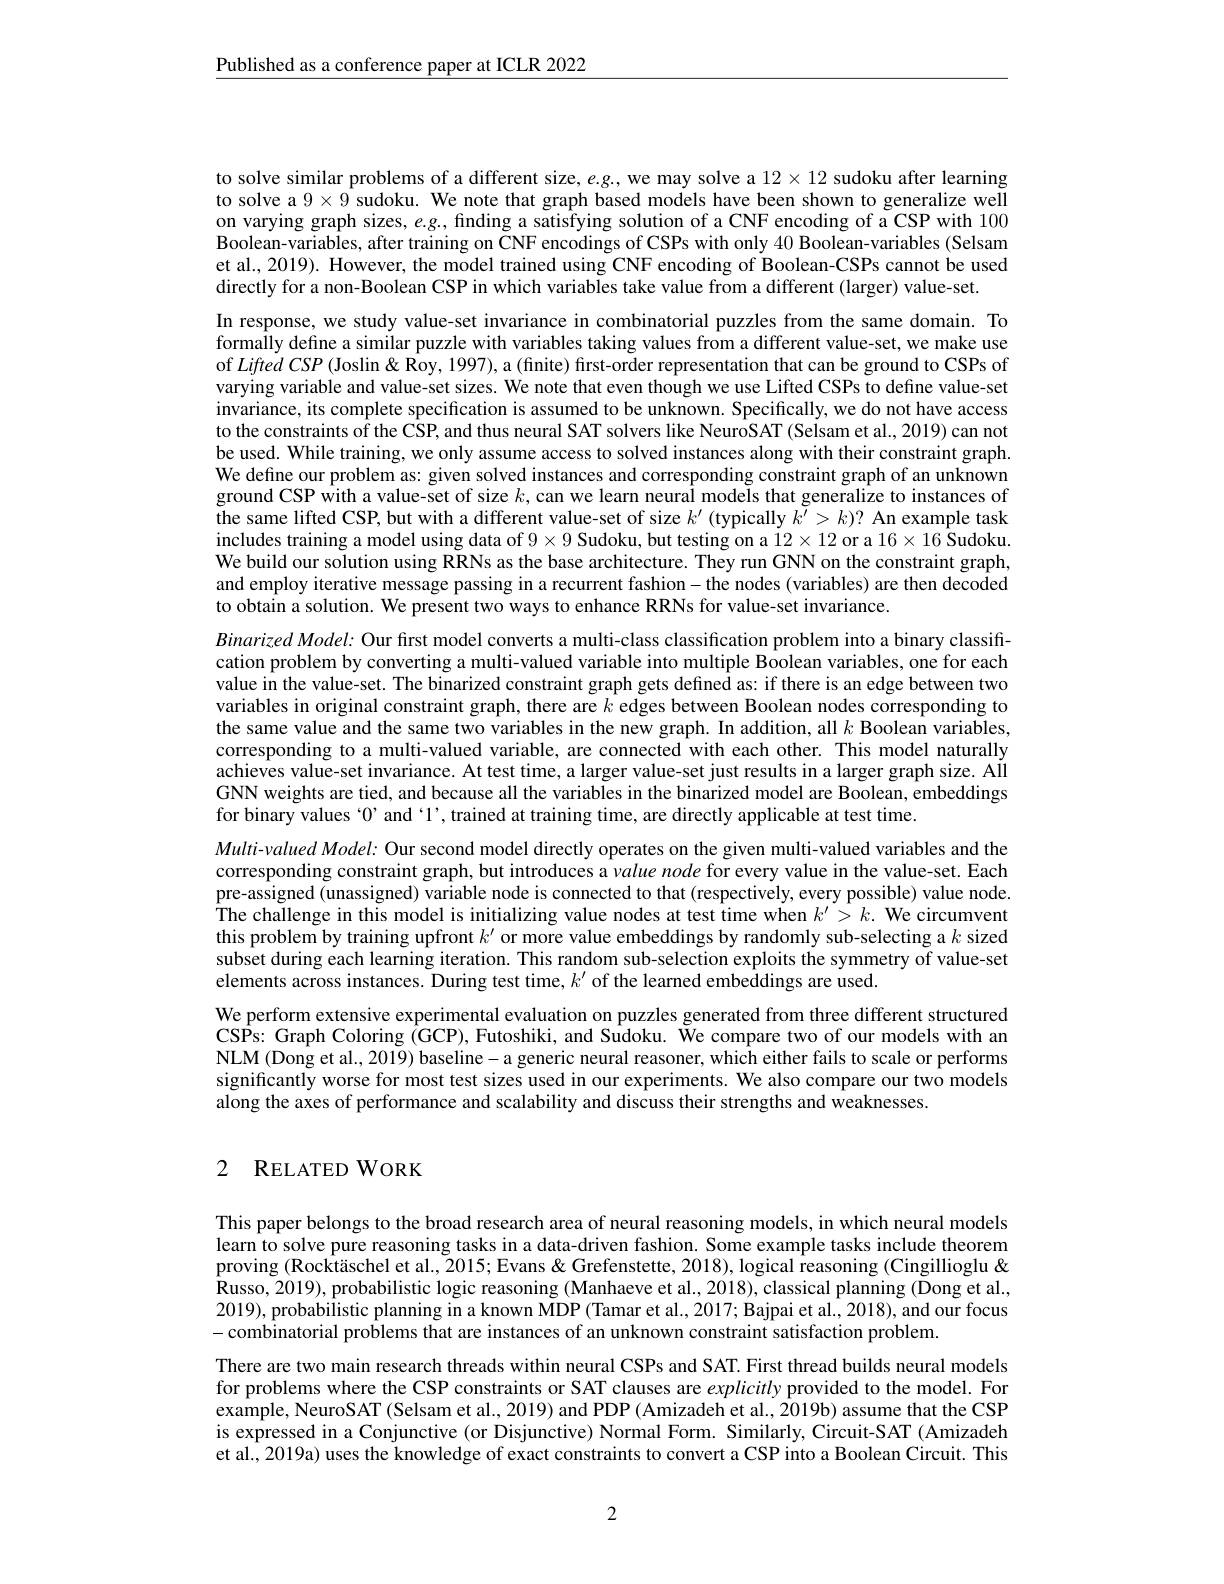
$\underline{\text{Published as a conference paper at ICLR 2022}}$

to solve similar problems of a different size, $e.g.$, we may solve a $12\times12$ sudoku after learning to solve a $9\times9$ sudoku. We note that graph based models have been shown to generalize well on varying graph sizes, $e.g.$, finding a satisfying solution of a CNF encoding of a CSP with 100 Boolean-variables, after training on CNF encodings of CSPs with only 40 Boolean-variables (Selsam et al., 2019). However, the model trained using CNF encoding of Boolean-CSPs cannot be used directly for a non-Boolean CSP in which variables take value from a different (larger) value-set.

In response, we study value-set invariance in combinatorial puzzles from the same domain. To formally define a similar puzzle with variables taking values from a different value-set, we make use of Liffed CSP (Joslin &Roy, 1997), a (finite) first-order representation that can be ground to CSPs of varying variable and value-set sizes. We note that even though we use Lifted CSPs to define value-set invariance, its complete specification is assumed to be unknown. Specifically, we do not have access to the constraints of the CSP, and thus neural SAT solvers like NeuroSAT (Selsam et al., 2019) can not be used. While training, we only assume access to solved instances along with their constraint graph. We define our problem as: given solved instances and corresponding constraint graph of an unknown ground CSP with a value-set of size $k$, can we learn neural models that generalize to instances of the same lifted CSP, but with a different value-set of size $k^{\prime}$ (typically $k^{\prime}>k)?$ An example task includes training a model using data of $9\times9$ Sudoku, but testing on a $12\times12$ or a $16\times16$ Sudoku. We build our solution using RRNs as the base architecture. They run GNN on the constraint graph, and employ iterative message passing in a recurrent fashion- the nodes (variables) are then decoded to obtain a solution. We present two ways to enhance RRNs for value-set invariance.
Binarized Model: Our first model converts a multi-class classification problem into a binary classification problem by converting a multi-valued variable into multiple Boolean variables, one for each value in the value-set. The binarized constraint graph gets defined as: if there is an edge between two variables in original constraint graph, there are $k$ edges between Boolean nodes corresponding to the same value and the same two variables in the new graph. In addition, all $k$ Boolean variables, corresponding to a multi-valued variable, are connected with each other. This model naturally achieves value-set invariance. At test time, a larger value-set just results in a larger graph size. Ail GNN weights are tied, and because all the variables in the binarized model are Boolean, embeddings for binary values “0”and‘1’,trained at training time, are directly applicable at test time.
Multi-valued Model: Our second model directly operates on the given multi-valued variables and the corresponding constraint graph, but introduces a value node for every value in the value-set. Each pre-assigned (unassigned) variable node is connected to that (respectively, every possible) value node. The challenge in this model is initializing value nodes at test time when $k^\prime>k.$ We circumvent this problem by training upfront $k^\prime$ or more value embeddings by randomly sub-selecting a $k$ sized subset during each learning iteration. This random sub-selection exploits the symmetry of value-set elements across instances. During test time, $k^\prime$ of the learned embeddings are used.
We perform extensive experimental evaluation on puzzles generated from three different structured CSPs: Graph Coloring (GCP), Futoshiki, and Sudoku. We compare two of our models with an $\hat{\text{NLM (Dong et al., 2019) baseline-a generic neural reasoner, which either fails to scale or performs}}$ significantly worse for most test sizes used in our experiments. We also compare our two models along the axes of performance and scalability and discuss their strengths and weaknesses.

## 2 RELATED WORK

This paper belongs to the broad research area of neural reasoning models, in which neural models learn to solve pure reasoning tasks in a data-driven fashion. Some example tasks include theorem proving (Rocktäschel et al., 2015; Evans & Grefenstette, 2018), logical reasoning (Cingillioglu & Russo, 2019), probabilistic logic reasoning (Manhaeve et al., 2018), classical planning (Dong et al., 2019), probabilistic planning in a known MDP (Tamar et al., 2017; Bajpai et al., 2018), and our focus -combinatorial problems that are instances of an unknown constraint satisfaction problem.
There are two main research threads within neural CSPs and SAT. First thread builds neural models for problems where the CSP constraints or SAT clauses are explicitly provided to the model. For example, NeuroSAT (Selsam et al., 2019) and PDP (Amizadeh et al., 2019b) assume that the CSP is expressed in a Conjunctive (or Disjunctive) Normal Form. Similarly, Circuit-SAT (Amizadeh et al., 2019a) uses the knowledge of exact constraints to convert a CSP into a Boolean Circuit. This

2